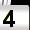
Digit: 4